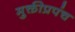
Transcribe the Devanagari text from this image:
मुक्तीप्रपंच